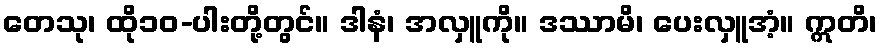
တေသု၊ ထို၁၀-ပါးတို့တွင်။ ဒါနံ၊ အလှူကို။ ဒဿာမိ၊ ပေးလှူအံ့။ ဣတိ၊